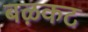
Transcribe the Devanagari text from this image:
बऴकट